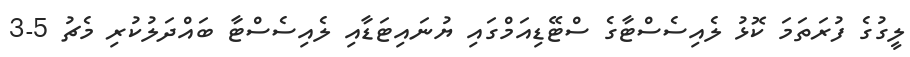
ލީގުގެ ފުރަތަމަ ކޮޅު ލެއިސެސްޓާގެ ސްޓޭޑިއަމްގައި ޔުނައިޓަޑާއި ލެއިސެސްޓާ ބައްދަލުކުރި މެޗު 5-3